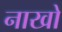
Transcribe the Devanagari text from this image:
नाखो